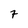
Character: 7